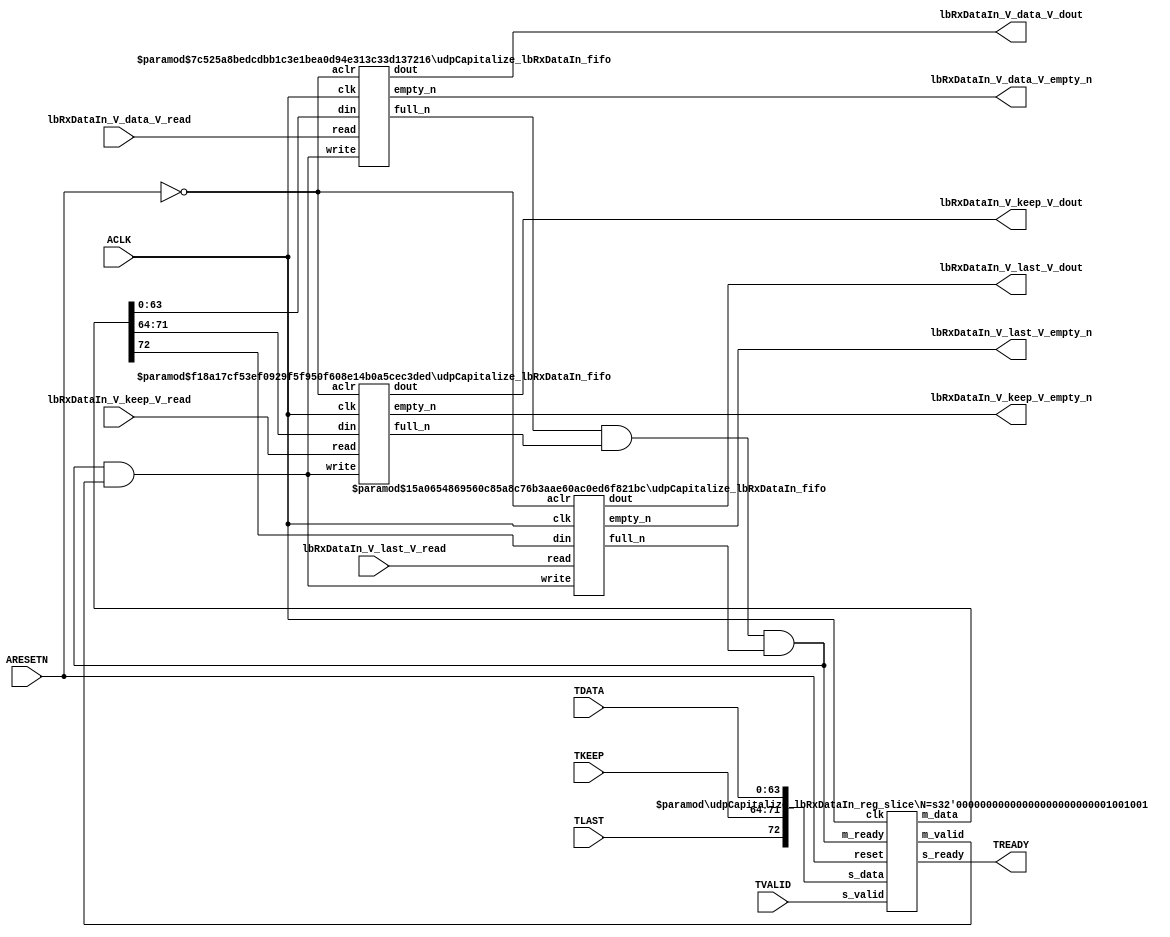
// ==============================================================
// File generated by Vivado(TM) HLS - High-Level Synthesis from C, C++ and SystemC
// Version: 2016.3
// Copyright (C) 1986-2016 Xilinx, Inc. All Rights Reserved.
// 
// ==============================================================


`timescale 1ns/1ps

module udpCapitalize_lbRxDataIn_if (
    // AXI4-Stream singals
    input  wire        ACLK,
    input  wire        ARESETN,
    input  wire        TVALID,
    output wire        TREADY,
    input  wire [63:0] TDATA,
    input  wire [7:0]  TKEEP,
    input  wire [0:0]  TLAST,
    // User signals
    output wire [63:0] lbRxDataIn_V_data_V_dout,
    output wire        lbRxDataIn_V_data_V_empty_n,
    input  wire        lbRxDataIn_V_data_V_read,
    output wire [7:0]  lbRxDataIn_V_keep_V_dout,
    output wire        lbRxDataIn_V_keep_V_empty_n,
    input  wire        lbRxDataIn_V_keep_V_read,
    output wire [0:0]  lbRxDataIn_V_last_V_dout,
    output wire        lbRxDataIn_V_last_V_empty_n,
    input  wire        lbRxDataIn_V_last_V_read
);
//------------------------Local signal-------------------
// FIFO
wire [0:0]  fifo_write;
wire [0:0]  fifo_full_n;
wire [63:0] lbRxDataIn_V_data_V_din;
wire [0:0]  lbRxDataIn_V_data_V_full_n;
wire [7:0]  lbRxDataIn_V_keep_V_din;
wire [0:0]  lbRxDataIn_V_keep_V_full_n;
wire [0:0]  lbRxDataIn_V_last_V_din;
wire [0:0]  lbRxDataIn_V_last_V_full_n;
// register slice
wire [0:0]  s_valid;
wire [0:0]  s_ready;
wire [72:0] s_data;
wire [0:0]  m_valid;
wire [0:0]  m_ready;
wire [72:0] m_data;

//------------------------Instantiation------------------
// rs
udpCapitalize_lbRxDataIn_reg_slice #(
    .N       ( 73 )
) rs (
    .clk     ( ACLK ),
    .reset   ( ARESETN ),
    .s_data  ( s_data ),
    .s_valid ( s_valid ),
    .s_ready ( s_ready ),
    .m_data  ( m_data ),
    .m_valid ( m_valid ),
    .m_ready ( m_ready )
);

// lbRxDataIn_V_data_V_fifo
udpCapitalize_lbRxDataIn_fifo #(
    .DATA_BITS  ( 64 ),
    .DEPTH_BITS ( 4 )
) lbRxDataIn_V_data_V_fifo (
    .clk        ( ACLK ),
    .aclr       ( ~ARESETN ),
    .empty_n    ( lbRxDataIn_V_data_V_empty_n ),
    .full_n     ( lbRxDataIn_V_data_V_full_n ),
    .read       ( lbRxDataIn_V_data_V_read ),
    .write      ( fifo_write ),
    .dout       ( lbRxDataIn_V_data_V_dout ),
    .din        ( lbRxDataIn_V_data_V_din )
);

// lbRxDataIn_V_keep_V_fifo
udpCapitalize_lbRxDataIn_fifo #(
    .DATA_BITS  ( 8 ),
    .DEPTH_BITS ( 4 )
) lbRxDataIn_V_keep_V_fifo (
    .clk        ( ACLK ),
    .aclr       ( ~ARESETN ),
    .empty_n    ( lbRxDataIn_V_keep_V_empty_n ),
    .full_n     ( lbRxDataIn_V_keep_V_full_n ),
    .read       ( lbRxDataIn_V_keep_V_read ),
    .write      ( fifo_write ),
    .dout       ( lbRxDataIn_V_keep_V_dout ),
    .din        ( lbRxDataIn_V_keep_V_din )
);

// lbRxDataIn_V_last_V_fifo
udpCapitalize_lbRxDataIn_fifo #(
    .DATA_BITS  ( 1 ),
    .DEPTH_BITS ( 4 )
) lbRxDataIn_V_last_V_fifo (
    .clk        ( ACLK ),
    .aclr       ( ~ARESETN ),
    .empty_n    ( lbRxDataIn_V_last_V_empty_n ),
    .full_n     ( lbRxDataIn_V_last_V_full_n ),
    .read       ( lbRxDataIn_V_last_V_read ),
    .write      ( fifo_write ),
    .dout       ( lbRxDataIn_V_last_V_dout ),
    .din        ( lbRxDataIn_V_last_V_din )
);

//------------------------Body---------------------------
//++++++++++++++++++++++++AXI4-Stream++++++++++++++++++++
assign TREADY = s_ready;

//+++++++++++++++++++++++++++++++++++++++++++++++++++++++

//++++++++++++++++++++++++Reigister Slice++++++++++++++++
assign s_valid = TVALID;
assign m_ready = fifo_full_n;
assign s_data  = {TLAST[0:0], TKEEP[7:0], TDATA[63:0]};

//+++++++++++++++++++++++++++++++++++++++++++++++++++++++

//++++++++++++++++++++++++FIFO+++++++++++++++++++++++++++
assign fifo_write              = fifo_full_n & m_valid;
assign lbRxDataIn_V_data_V_din = m_data[63:0];
assign lbRxDataIn_V_keep_V_din = m_data[71:64];
assign lbRxDataIn_V_last_V_din = m_data[72:72];
assign fifo_full_n             = lbRxDataIn_V_data_V_full_n & lbRxDataIn_V_keep_V_full_n & lbRxDataIn_V_last_V_full_n;

//+++++++++++++++++++++++++++++++++++++++++++++++++++++++

endmodule



`timescale 1ns/1ps

module udpCapitalize_lbRxDataIn_fifo
#(parameter
    DATA_BITS  = 8,
    DEPTH_BITS = 4
)(
    input  wire                 clk,
    input  wire                 aclr,
    output wire                 empty_n,
    output wire                 full_n,
    input  wire                 read,
    input  wire                 write,
    output wire [DATA_BITS-1:0] dout,
    input  wire [DATA_BITS-1:0] din
);
//------------------------Parameter----------------------
localparam
    DEPTH = 1 << DEPTH_BITS;
//------------------------Local signal-------------------
reg                   empty;
reg                   full;
reg  [DEPTH_BITS-1:0] index;
reg  [DATA_BITS-1:0]  mem[0:DEPTH-1];
//------------------------Body---------------------------
assign empty_n = ~empty;
assign full_n  = ~full;
assign dout    = mem[index];

// empty
always @(posedge clk or posedge aclr) begin
    if (aclr)
        empty <= 1'b1;
    else if (empty & write & ~read)
        empty <= 1'b0;
    else if (~empty & ~write & read & (index==1'b0))
        empty <= 1'b1;
end

// full
always @(posedge clk or posedge aclr) begin
    if (aclr)
        full <= 1'b0;
    else if (full & read & ~write)
        full <= 1'b0;
    else if (~full & ~read & write & (index==DEPTH-2'd2))
        full <= 1'b1;
end

// index
always @(posedge clk or posedge aclr) begin
    if (aclr)
        index <= {DEPTH_BITS{1'b1}};
    else if (~empty & ~write & read)
        index <= index - 1'b1;
    else if (~full & ~read & write)
        index <= index + 1'b1;
end

// mem
always @(posedge clk) begin
    if (~full & write) mem[0] <= din;
end

genvar i;
generate
    for (i = 1; i < DEPTH; i = i + 1) begin : gen_sr
        always @(posedge clk) begin
            if (~full & write) mem[i] <= mem[i-1];
        end
    end
endgenerate

endmodule

`timescale 1ns/1ps

module udpCapitalize_lbRxDataIn_reg_slice
#(parameter
    N = 8   // data width
) (
    // system signals
    input  wire         clk,
    input  wire         reset,
    // slave side
    input  wire [N-1:0] s_data,
    input  wire         s_valid,
    output wire         s_ready,
    // master side
    output wire [N-1:0] m_data,
    output wire         m_valid,
    input  wire         m_ready
);
//------------------------Parameter----------------------
// state
localparam [1:0]
    ZERO = 2'b10,
    ONE  = 2'b11,
    TWO  = 2'b01;
//------------------------Local signal-------------------
reg  [N-1:0] data_p1;
reg  [N-1:0] data_p2;
wire         load_p1;
wire         load_p2;
wire         load_p1_from_p2;
reg          s_ready_t;
reg  [1:0]   state;
reg  [1:0]   next;
//------------------------Body---------------------------
assign s_ready = s_ready_t;
assign m_data  = data_p1;
assign m_valid = state[0];

assign load_p1 = (state == ZERO && s_valid) ||
                 (state == ONE && s_valid && m_ready) ||
                 (state == TWO && m_ready);
assign load_p2 = s_valid & s_ready;
assign load_p1_from_p2 = (state == TWO);

// data_p1
always @(posedge clk) begin
    if (load_p1) begin
        if (load_p1_from_p2)
            data_p1 <= data_p2;
        else
            data_p1 <= s_data;
    end
end

// data_p2
always @(posedge clk) begin
    if (load_p2) data_p2 <= s_data;
end

// s_ready_t
always @(posedge clk) begin
    if (~reset)
        s_ready_t <= 1'b0;
    else if (state == ZERO)
        s_ready_t <= 1'b1;
    else if (state == ONE && next == TWO)
        s_ready_t <= 1'b0;
    else if (state == TWO && next == ONE)
        s_ready_t <= 1'b1;
end

// state
always @(posedge clk) begin
    if (~reset)
        state <= ZERO;
    else
        state <= next;
end

// next
always @(*) begin
    case (state)
        ZERO:
            if (s_valid & s_ready)
                next = ONE;
            else
                next = ZERO;
        ONE:
            if (~s_valid & m_ready)
                next = ZERO;
            else if (s_valid & ~m_ready)
                next = TWO;
            else
                next = ONE;
        TWO:
            if (m_ready)
                next = ONE;
            else
                next = TWO;
        default:
            next = ZERO;
    endcase
end

endmodule